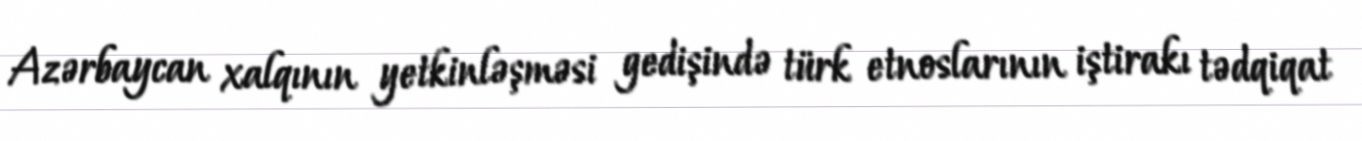
Azərbaycan xalqının yetkinləşməsi gedişində türk etnoslarının iştirakı tədqiqat